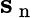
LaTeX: {\mathbf{s}}_{\mathrm{~n~}}